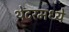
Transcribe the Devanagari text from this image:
थेटरमध्ये